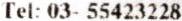
TEL: 03- 55423228